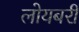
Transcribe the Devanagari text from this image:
लोयबरी